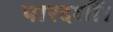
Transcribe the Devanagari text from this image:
पारदर्शी।